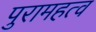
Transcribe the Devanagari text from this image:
पुरामहत्व